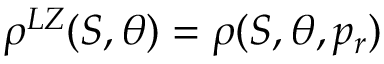
\rho ^ { L Z } ( S , \theta ) = \rho ( S , \theta , p _ { r } )